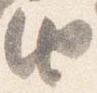
由